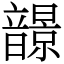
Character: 𩐿